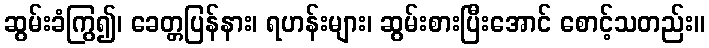
ဆွမ်းခံကြွ၍၊ ခေတ္တပြန်နား၊ ရဟန်းများ၊ ဆွမ်းစားပြီးအောင် စောင့်သတည်း။